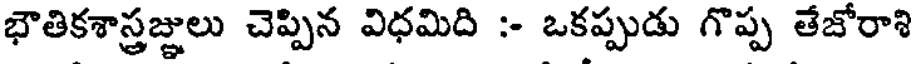
భౌతికశాస్త్రజ్ఞులు చెప్పిన విధమిది :- ఒకప్పుడు గొప్ప తేజోరాశి